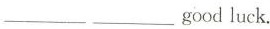
___ ___ good luck.